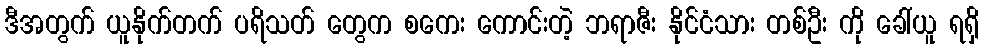
ဒီအတွက် ယူနိုက်တက် ပရိသတ် တွေက စကေး ကောင်းတဲ့ ဘရာဇီး နိုင်ငံသား တစ်ဦး ကို ခေါ်ယူ ရရှိ